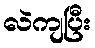
လဲကျပြီး